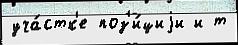
уча́стк'е поз'и́циjи и т